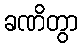
ခဏိတွာ